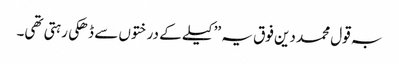
بہ قول محمد دین فوق یہ ’’کیلے کے درختوں سے ڈھکی رہتی تھی۔